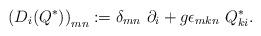
LaTeX: \begin{align*}\left(D_i(Q^{\ast})\right)_{mn} := \delta_{mn}\ \partial_i +g \epsilon_{mkn}\ Q^{\ast}_{ki}.\end{align*}